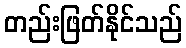
တည်းဖြတ်နိုင်သည်